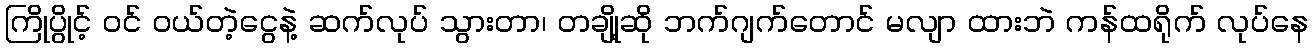
ကြိုပွိုင့် ဝင် ဝယ်တဲ့ငွေနဲ့ ဆက်လုပ် သွားတာ၊ တချို့ဆို ဘက်ဂျက်တောင် မလျာ ထားဘဲ ကန်ထရိုက် လုပ်နေ